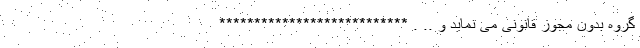
گروه بدون مجوز قانونی می نماید و .. . ***************************